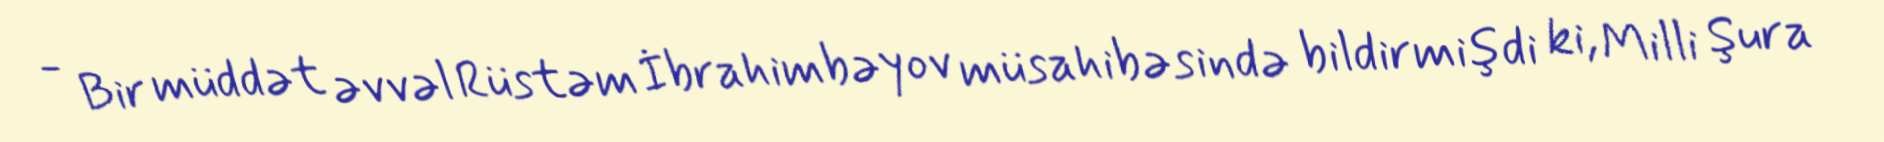
- Bir müddət əvvəl Rüstəm İbrahimbəyov müsahibəsində bildirmişdi ki, Milli Şura